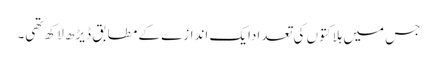
جس میں ہلاکتوں کی تعدادایک اندازے کے مطابق ڈیڑھ لاکھ تھی۔